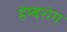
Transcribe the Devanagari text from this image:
हेम्बरोम